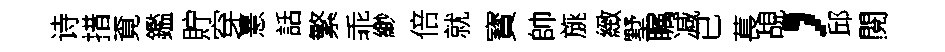
诗措覔鑑貯穿憙話繁乖緲倍就寳帥旐緻墅瞩减已萇覘，邱閱